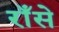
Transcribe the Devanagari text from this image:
राँसे